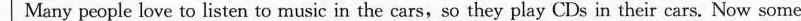
Many people love to listen to music in the cars,so they play CDs in their cars. Now some